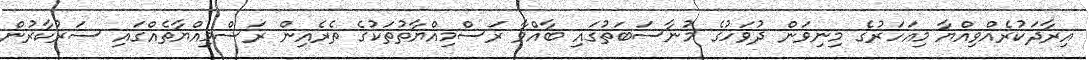
އިރާދަކުރެއްވިއްޔާ މިއަހަރުގެ މިނިވަން ދުވަހުގެ މުނާސަބަތުގައި ބާއްވާ ރަސްމިއްޔާތުތަކުގެ ތެރެއިން ރަސްމިއްޔާތެއްގައި ސަރުކާރުން